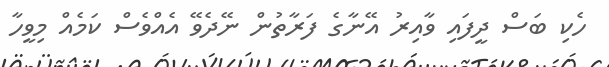
ހެކި ބަސް ދީފައި ވާއިރު އޭނާގެ ފަރާތުން ނޭދެވޭ އެއްވެސް ކަމެއް މިވީހާ